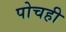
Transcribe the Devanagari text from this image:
पोचही